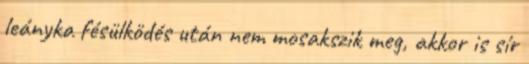
leányka fésülködés után nem mosakszik meg, akkor is sír